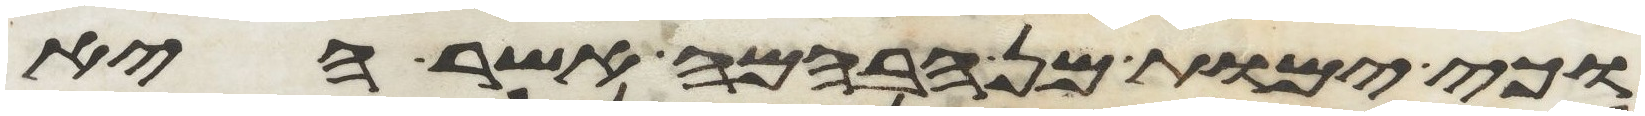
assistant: וכי ימות מן הבהמה אשר היא